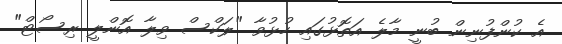
އެ ކުންފުނިން ބުނީ މާލެ އަތޮޅުގައި ހުޅުވާ "ލަކްސް ވިލާ އޮންލީ ރިސޯޓް"